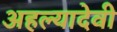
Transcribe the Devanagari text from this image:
अहल्यादेवी